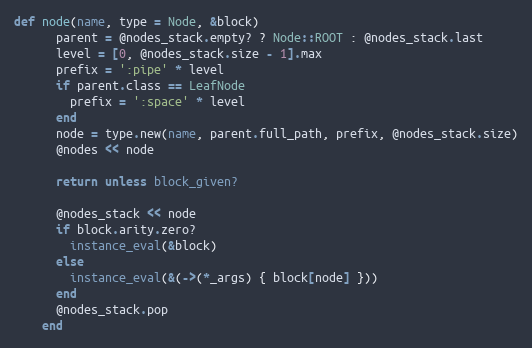
Language: Ruby
def node(name, type = Node, &block)
      parent = @nodes_stack.empty? ? Node::ROOT : @nodes_stack.last
      level = [0, @nodes_stack.size - 1].max
      prefix = ':pipe' * level
      if parent.class == LeafNode
        prefix = ':space' * level
      end
      node = type.new(name, parent.full_path, prefix, @nodes_stack.size)
      @nodes << node

      return unless block_given?

      @nodes_stack << node
      if block.arity.zero?
        instance_eval(&block)
      else
        instance_eval(&(->(*_args) { block[node] }))
      end
      @nodes_stack.pop
    end